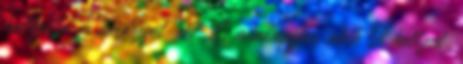
hallgatta, és kérdezget− 47. És mindnyájan, akik Őt hallgat−